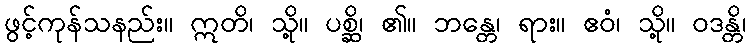
ဖွင့်ကုန်သနည်း။ ဣတိ၊ သို့။ ပစ္ဆိ၊ ၏။ ဘန္တေ၊ ရား။ ဧဝံ၊ သို့။ ဝဒန္တိ၊